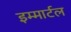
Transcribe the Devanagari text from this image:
इम्मार्टल